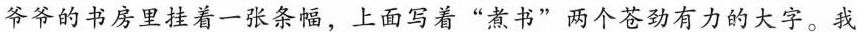
爷爷的书房里挂着一张条幅，上面写着”煮书”两个苍劲有力的大字。我